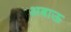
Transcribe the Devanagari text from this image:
अबाऊ